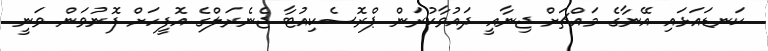
ކަނޑައަޅައި އޭނާގެ މައްޗަށް ޖިނާއީ ދައުވާކުރަން ޕްރޮސެކިއުޓާ ޖެނެރަލްގެ އޮފީހަށް ފޮނުވަން ވަނީ